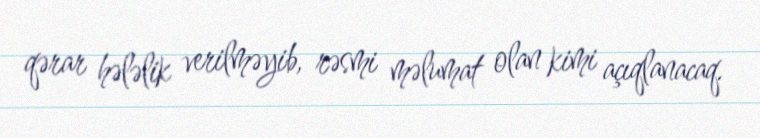
qərar hələlik verilməyib, rəsmi məlumat olan kimi açıqlanacaq.